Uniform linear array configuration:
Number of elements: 12
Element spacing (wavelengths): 0.25
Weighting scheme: hann
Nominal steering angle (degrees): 0
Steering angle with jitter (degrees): -0.5302
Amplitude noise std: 0.05
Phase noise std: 0.05

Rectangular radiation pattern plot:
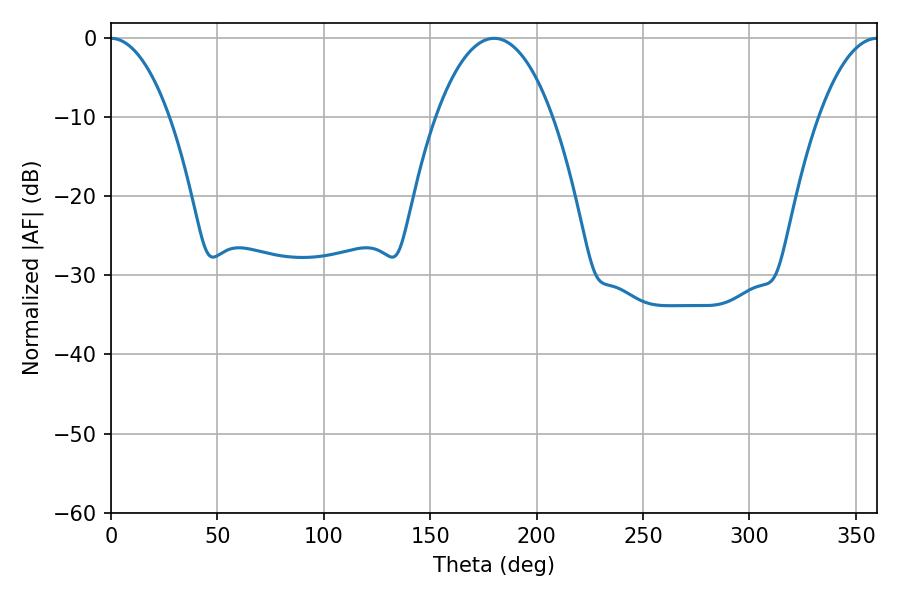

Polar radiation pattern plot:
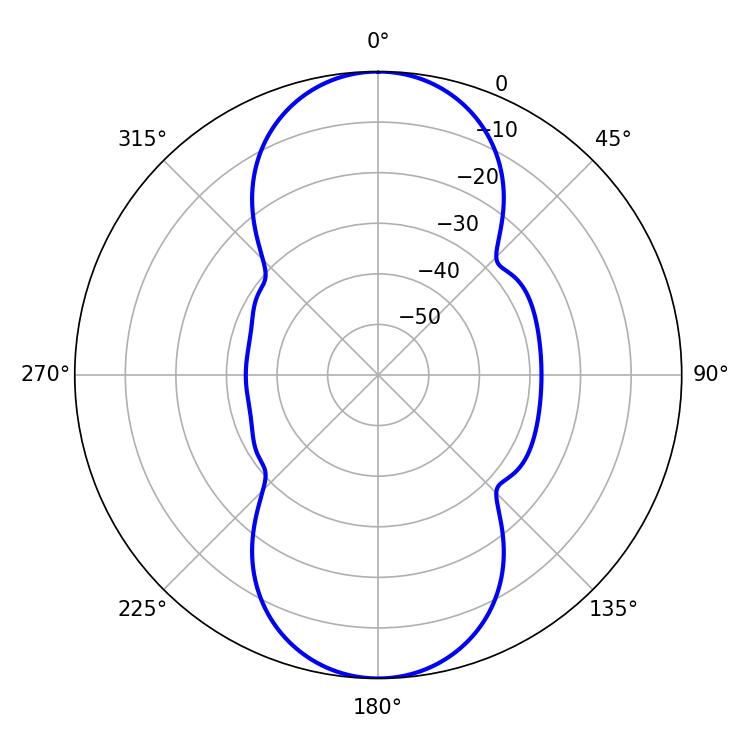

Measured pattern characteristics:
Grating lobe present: FALSE
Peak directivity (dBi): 32.03
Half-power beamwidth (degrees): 30.6
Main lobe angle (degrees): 180